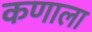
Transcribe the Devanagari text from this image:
कणाला